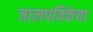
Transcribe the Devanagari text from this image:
जालपत्रिकेचा